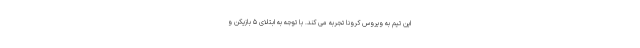
این تیم به ویروس کرونا تجربه می کند. با توجه به ابتلای ۵ بازیکن و